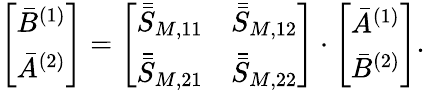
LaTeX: \left[\begin{array}{l}{\bar{B}^{(1)}}\\ {\bar{A}^{(2)}}\end{array}\right]=\left[\begin{array}{ll}{\bar{\bar{S}}_{M,11}}&{\bar{\bar{S}}_{M,12}}\\ {\bar{\bar{S}}_{M,21}}&{\bar{\bar{S}}_{M,22}}\end{array}\right]\cdot\left[\begin{array}{l}{\bar{A}^{(1)}}\\ {\bar{B}^{(2)}}\end{array}\right].